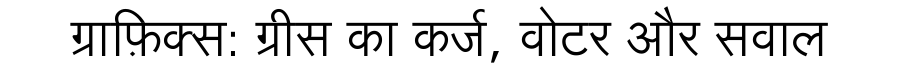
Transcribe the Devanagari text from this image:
ग्राफ़िक्स: ग्रीस का कर्ज, वोटर और सवाल